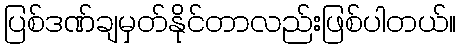
ပြစ်ဒဏ်ချမှတ်နိုင်တာလည်းဖြစ်ပါတယ်။